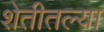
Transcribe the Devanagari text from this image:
शेतीतल्या